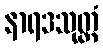
နာရဒသုတ္တံ